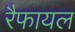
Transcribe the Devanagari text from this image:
रैफायल